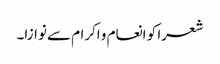
شعرا کو انعام و اکرام سے نوازا۔